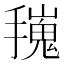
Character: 𢶟